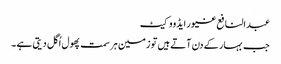
عبدالنافع غیور ایڈووکیٹ
جب بہار کے دن آتے ہیں تو زمین ہر سمت پھول اُگل دیتی ہے ۔